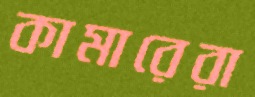
কামারেরা